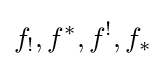
f_{!},f^{*},f^{!},f_{*}